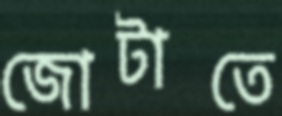
জোটাতে